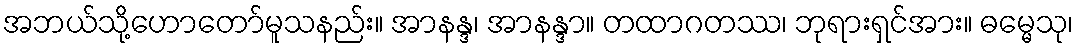
အဘယ်သို့ဟောတော်မူသနည်း။ အာနန္ဒ၊ အာနန္ဒာ။ တထာဂတဿ၊ ဘုရားရှင်အား။ ဓမ္မေသု၊